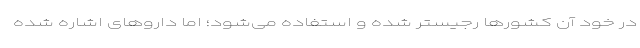
در خود آن کشورها رجیستر شده و استفاده می‌شود؛ اما داروهای اشاره شده